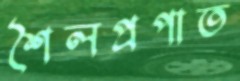
শৈলপ্রপাত